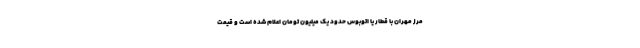
مرز مهران با قطار یا اتوبوس حدود یک میلیون تومان اعلام شده است و قیمت